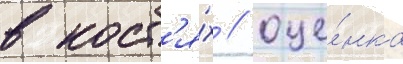
в кост'я́х / оце́нка